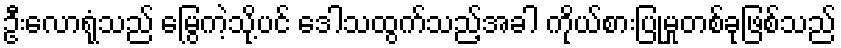
ဦးလောရုံသည် မြွေကဲ့သို့ပင် ဒေါသထွက်သည့်အခါ ကိုယ်စားပြုမှုတစ်ခုဖြစ်သည်